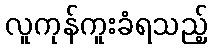
လူကုန်ကူးခံရသည့်